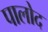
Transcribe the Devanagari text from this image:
पालोद